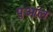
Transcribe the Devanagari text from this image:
पुआंल